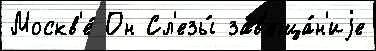
Москв'е́ Он Сл'езы́ зав'еща́н'иjе